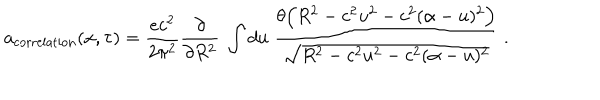
LaTeX: a _ { \mathrm { c o r r e l a t i o n } } ( x , \tau ) = \frac { e c ^ { 2 } } { 2 \pi ^ { 2 } } \frac { \partial } { \partial R ^ { 2 } } \ \int d u \ \frac { \theta \Bigl ( R ^ { 2 } - c ^ { 2 } u ^ { 2 } - c ^ { 2 } ( \alpha - u ) ^ { 2 } \Bigr ) } { \sqrt { R ^ { 2 } - c ^ { 2 } u ^ { 2 } - c ^ { 2 } ( \alpha - u ) ^ { 2 } } } \ .